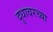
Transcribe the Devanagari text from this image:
दुधावरच्या